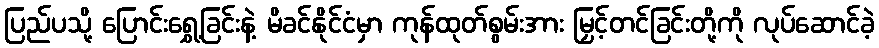
ပြည်ပသို့ ပြောင်းရွှေ့ခြင်းနဲ့ မိခင်နိုင်ငံမှာ ကုန်ထုတ်စွမ်းအား မြှင့်တင်ခြင်းတို့ကို လုပ်ဆောင်ခဲ့